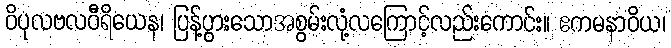
ဝိပုလဗလဝီရိယေန၊ ပြန့်ပွားသောအစွမ်းလုံ့လကြောင့်လည်းကောင်း။ ဧကမနာဝိယ၊